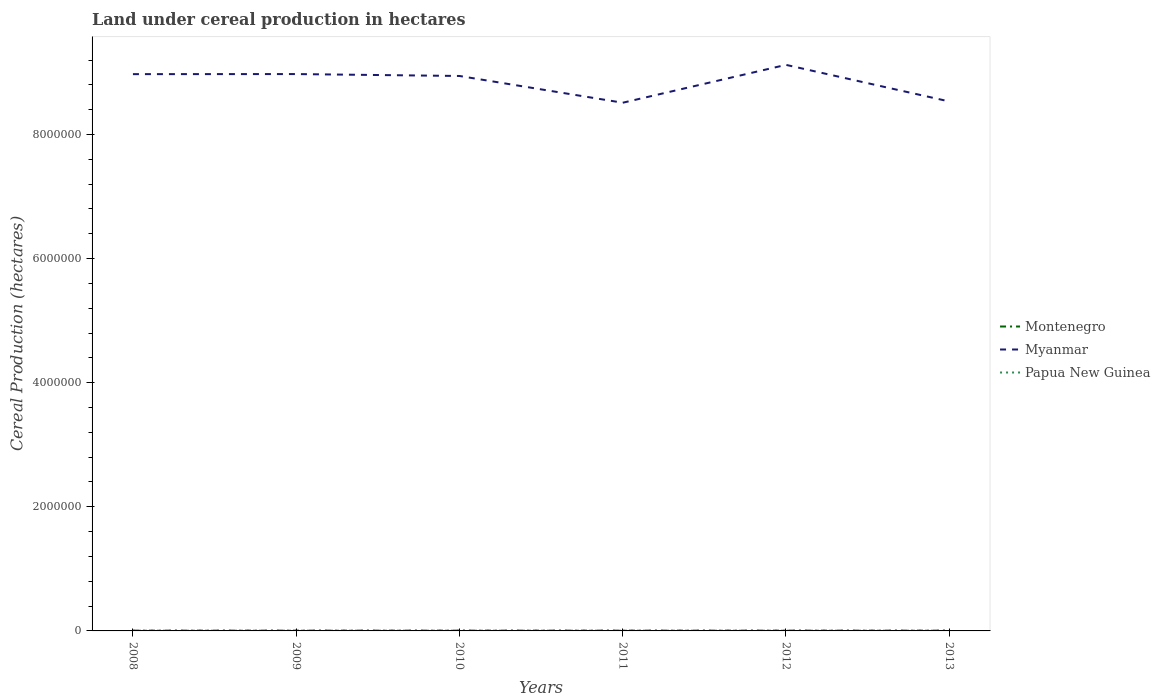
| Years | Montenegro | Myanmar | Papua New Guinea |
 | --- | --- | --- | --- |
 | 2008 | 4.75e+03 | 8.97e+06 | 3.59e+03 |
 | 2009 | 4.84e+03 | 8.97e+06 | 3.68e+03 |
 | 2010 | 4.65e+03 | 8.94e+06 | 3.76e+03 |
 | 2011 | 4.8e+03 | 8.51e+06 | 3.85e+03 |
 | 2012 | 4.66e+03 | 9.12e+06 | 3.5e+03 |
 | 2013 | 4.87e+03 | 8.53e+06 | 3.7e+03 |